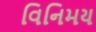
વિનિમય